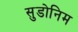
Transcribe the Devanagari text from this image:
सुडोनिम